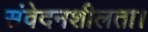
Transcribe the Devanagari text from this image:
संवेदनशीलता।